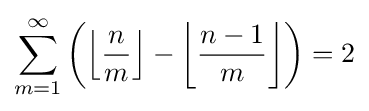
\sum _{m=1}^{\infty }\left(\left\lfloor {\frac {n}{m}}\right\rfloor -\left\lfloor {\frac {n-1}{m}}\right\rfloor \right)=2